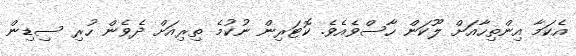
އެކަމާ އިންތިހާއަށް ލޫކަން ހާސްވެއެވެ. ކޮޓަރިން ނުކުމެ ތިރިއަށް ދެވެން ހުރި ސިޑިން